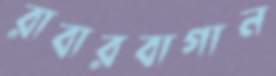
রাবারবাগান